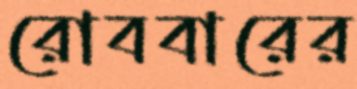
রোববারের